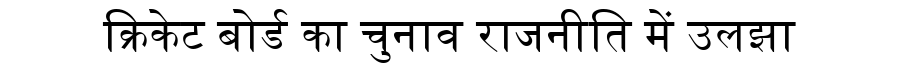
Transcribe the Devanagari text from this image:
क्रिकेट बोर्ड का चुनाव राजनीति में उलझा